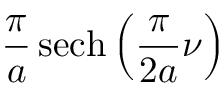
{ \frac { \pi } { a } } \operatorname { s e c h } \left( { \frac { \pi } { 2 a } } \nu \right)